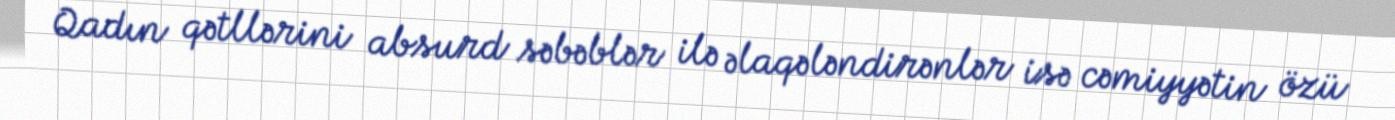
Qadın qətllərini absurd səbəblər ilə əlaqələndirənlər isə cəmiyyətin özü